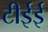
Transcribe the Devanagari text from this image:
टीईई